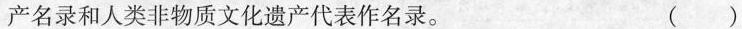
产名录和人类非物质文化遗产代表作名录。 ( )